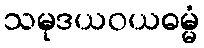
သမုဒယဝယဓမ္မံ